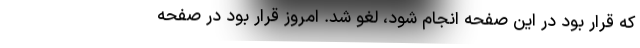
که قرار بود در این صفحه انجام شود، لغو شد. امروز قرار بود در صفحه